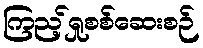
ကြည့်ရှုစစ်ဆေးစဉ်